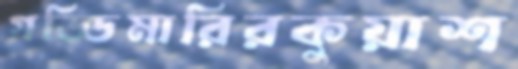
গড্ডিমারিরকুয়াশ